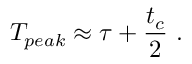
T _ { p e a k } \approx \tau + \frac { t _ { c } } { 2 } ~ .